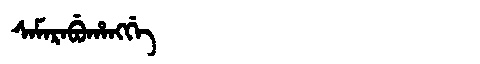
Manchu: ᠰᠠᠮᠠᡵᠠᠪᡠᡥᠠᠩᡤᡝ
Romanization: SAMARABUHANGGE